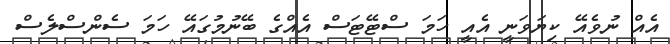
އެއް ނުވެއޭ ކިޔަވަނީ އެއީ ހަމަ ސްޓޭޓަސް އެއްގެ ބޭނުމުގައޭ ހަމަ ސެންސްލެސް